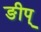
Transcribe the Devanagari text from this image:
ङीप्